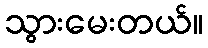
သွားမေးတယ်။